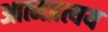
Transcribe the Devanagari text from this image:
आत्मप्रत्यय